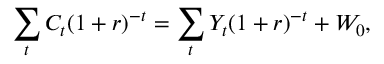
\sum _ { t } C _ { t } ( 1 + r ) ^ { - t } = \sum _ { t } Y _ { t } ( 1 + r ) ^ { - t } + W _ { 0 } ,